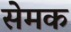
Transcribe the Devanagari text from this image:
सेमक